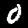
Label: 0